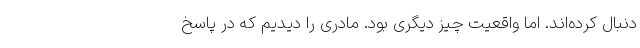
دنبال کرده‌اند. اما واقعیت چیز دیگری بود. مادری را دیدیم که در پاسخ